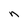
Character: n